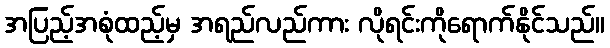
အပြည့်အစုံထည့်မှ အရည်လည်ကား လိုရင်းကိုရောက်နိုင်သည်။